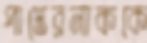
পাস্তেরনাককে